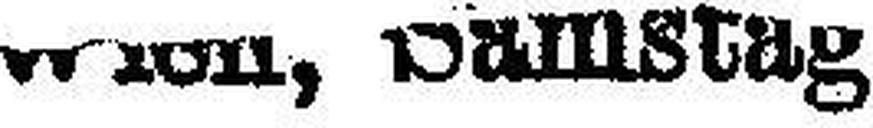
Wien, Samstag